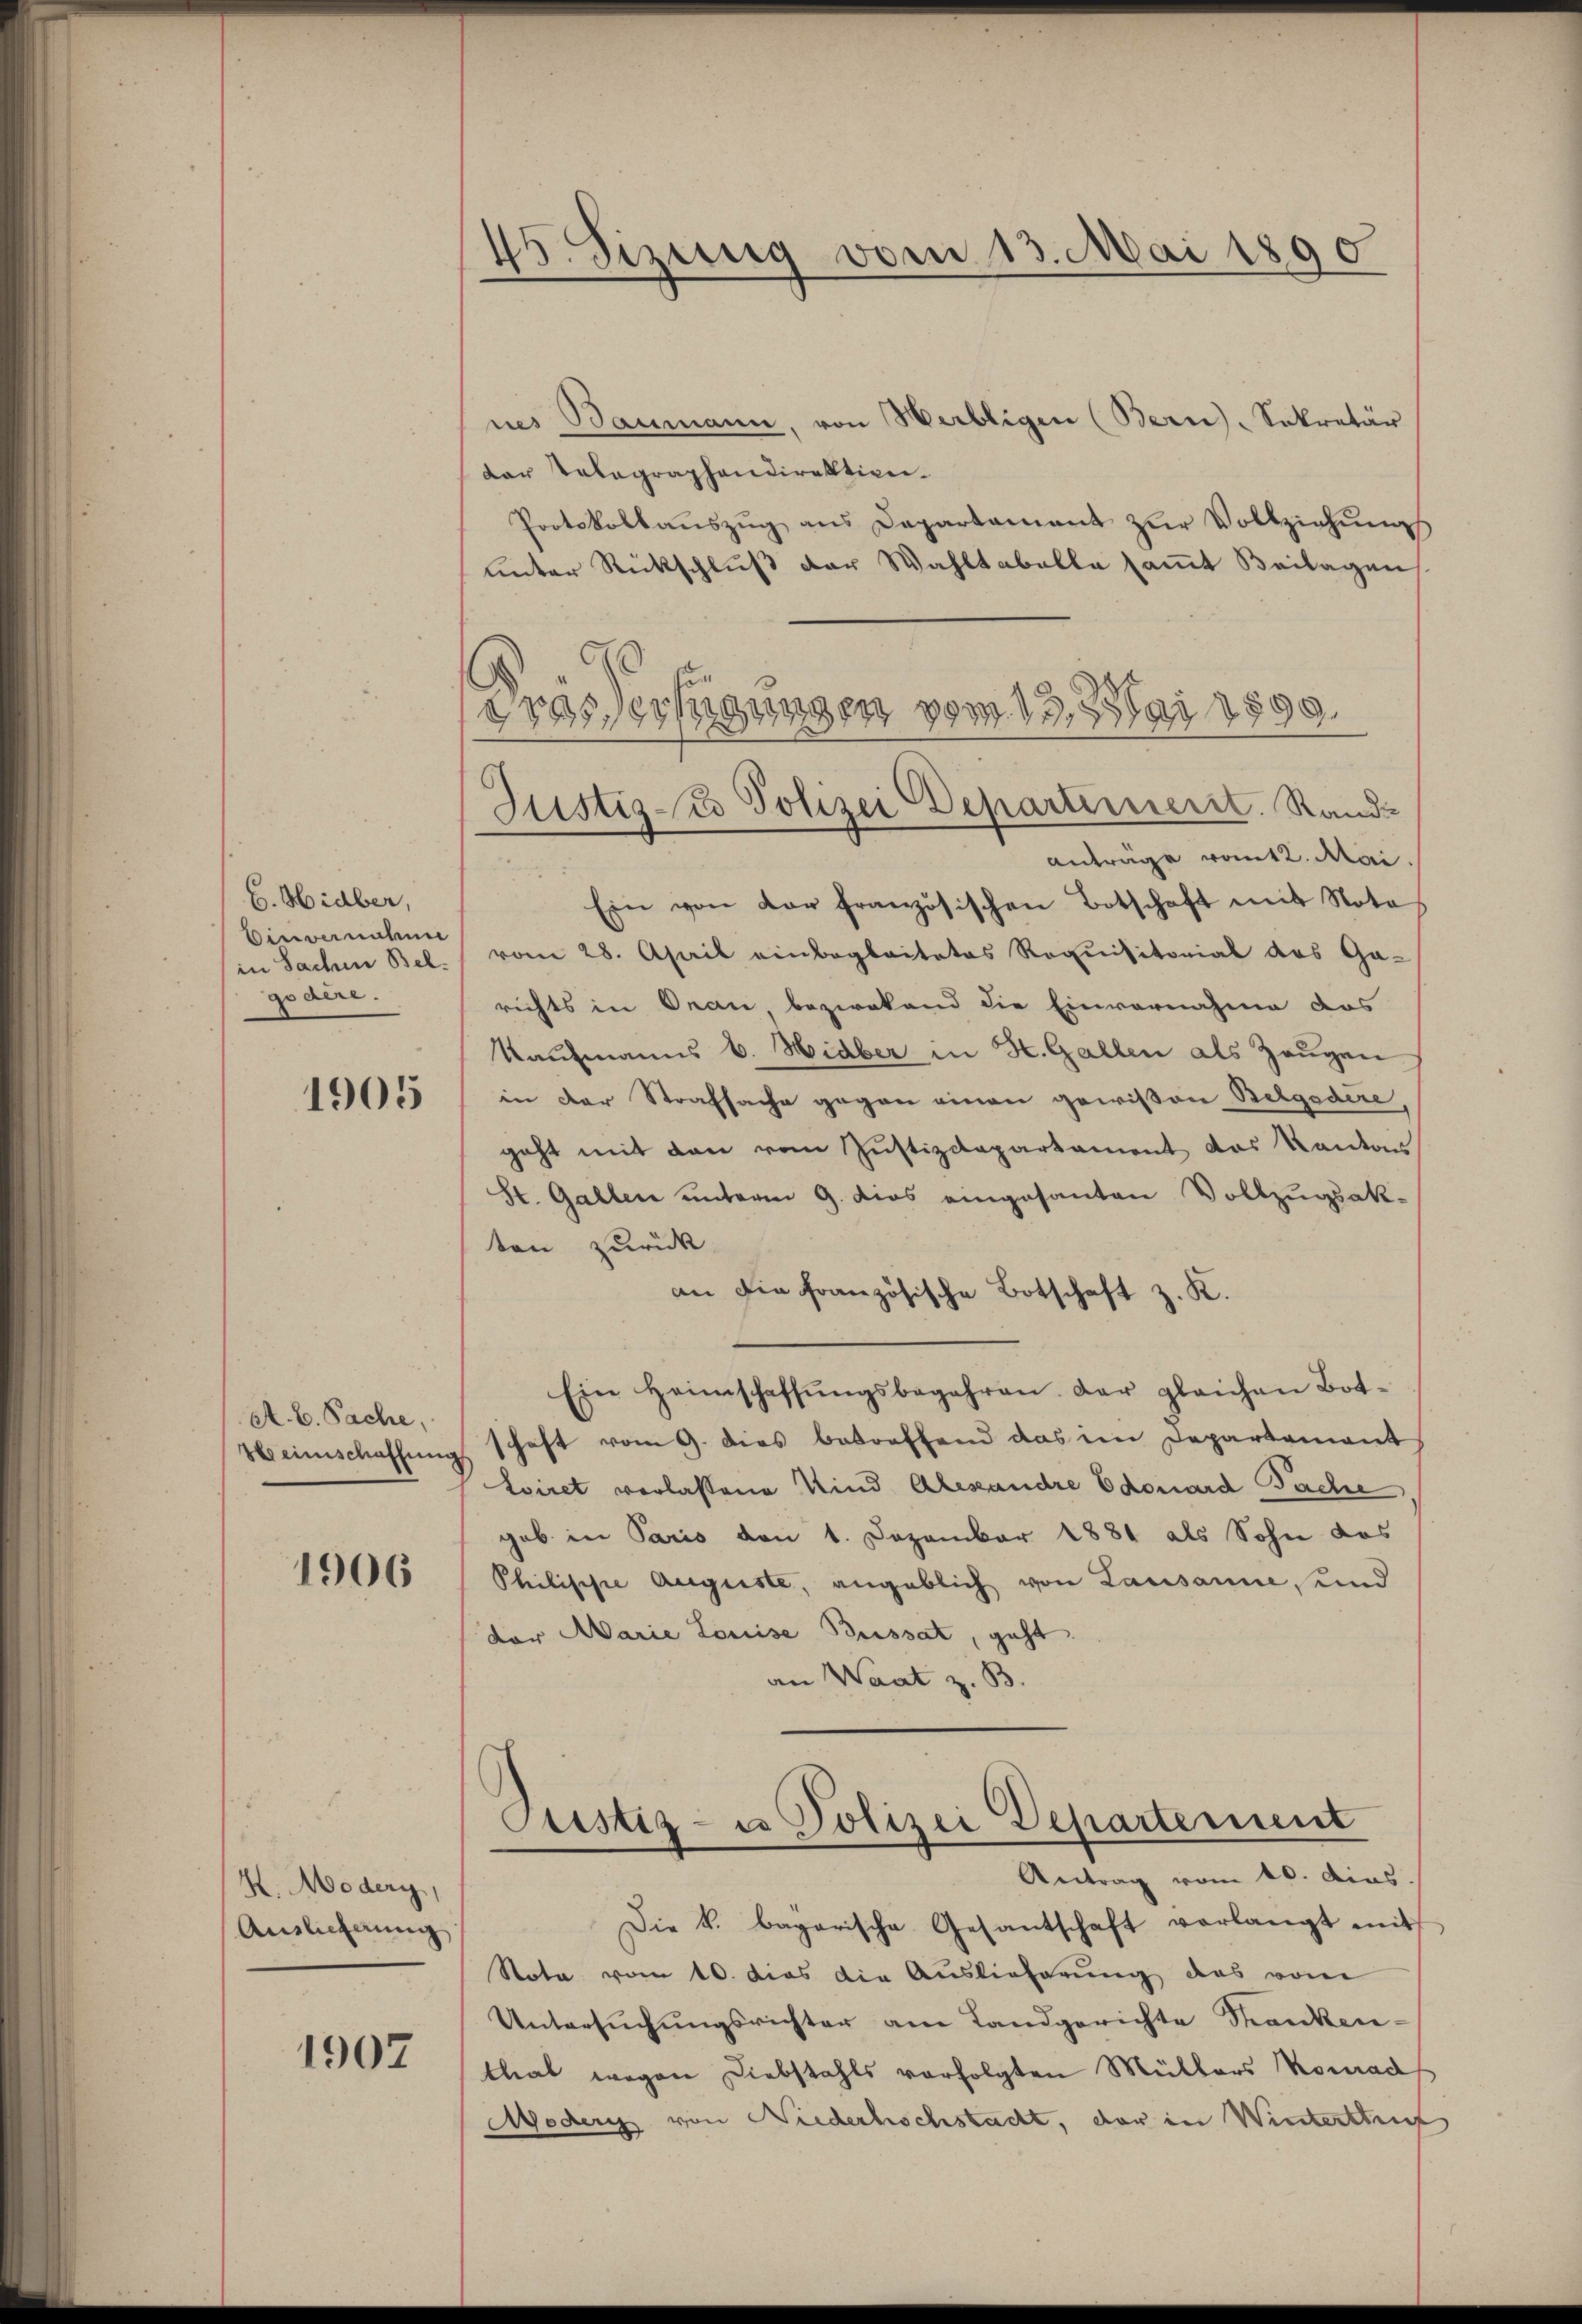
C. Hidber,
Einvernahme
godire.

1905

A. C. Sache,
Weinschaffung

1906

K. Modery,
Ainlicherung

1907

nes Baumann, von Werbligen (Bern. Sekretär
dar Telegraphendirektion.
Protokollaŭszŭg ans Departament zŭr Vollziehŭngs
unter Rückschluß der Wahltabelle sammt Beilagen
Anträge vom 2. Mai.
Ein von der französischen Botschaft mit Nota
in Sachen Bel. vom 28. April einbegleitetes Requisitorial das Ga-
richts in Oran, bezwekend die Einvernahme des
Kaufmanns b. Hidber in K. Gallen als Zeugen
in der Strafsache gegen einen gewißen Betgodire,
geht mit den vom Justizdepartament das Kanton
St. Gallen unterm 9. dies eingesanten Vollzugsak-
ten zurück
an die französische Botschaft z. K.
Ein Heimschaffŭngsbegehren. Der gleichen Botschaft vom 9. dies betreffend das im Departement
Eviret verlassene Kind Alexandre Edouard Sache
geb. in Paris von 1. Dezember 1881 als Sohn das
Philische Auguste, angeblich von Lausanne, und
der Marie Louise Bressat, geht.
an Waat z. B.
Custiz- u Polizei Departement
Antrag vom 10. dies.
Die k. bagarische Gesantschaft verlangt mit
Nota vom 10. dies die Auslieferung das vom
Untersŭchŭngsrichter am Landgerichte Franken-
tlak wegen Diebstahls verfolgten Müllers Konrad
Moder von Niederhochstacht, der in Winterthurf

45. Sizung vom 13. Mai 1890

Dras Verfügungen vom 13. Mai 1899.
Justiz-Co Polizei Departemerit. Rande